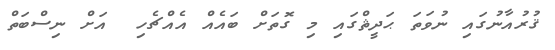
ޤުރުއާނުގައި ނުވަތަ ޙަދީޘްގައި މި ގޮތަށް ބައެއް އެއްޗެހި  އަށް ނިސްބަތް